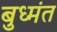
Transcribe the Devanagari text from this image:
बुध्मंत